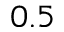
0 . 5